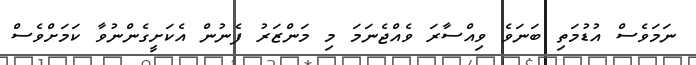
ނަމަވެސް އުޑުމަތި ބަނަވެ ވިއްސާރަ ވެއްޖެނަމަ މި މަންޒަރު ފެނުން އެކަށީގެންނުވާ ކަމަށްވެސް